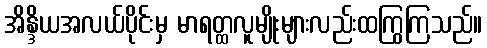
အိန္ဒိယအလယ်ပိုင်းမှ မာရတ္ထလူမျိုးများလည်းထကြွကြသည်။